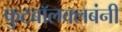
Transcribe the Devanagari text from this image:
फुटबॉलक्लबंनी